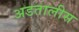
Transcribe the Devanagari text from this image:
अडतालीस